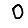
Digit: 0